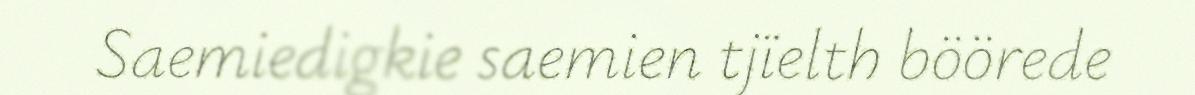
Saemiedigkie saemien tjïelth böörede